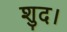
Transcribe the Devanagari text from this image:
शुद।